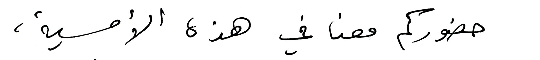
حضوركم معنا في هذه الأمسية،